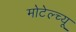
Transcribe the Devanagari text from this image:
मोटेल्च्यू